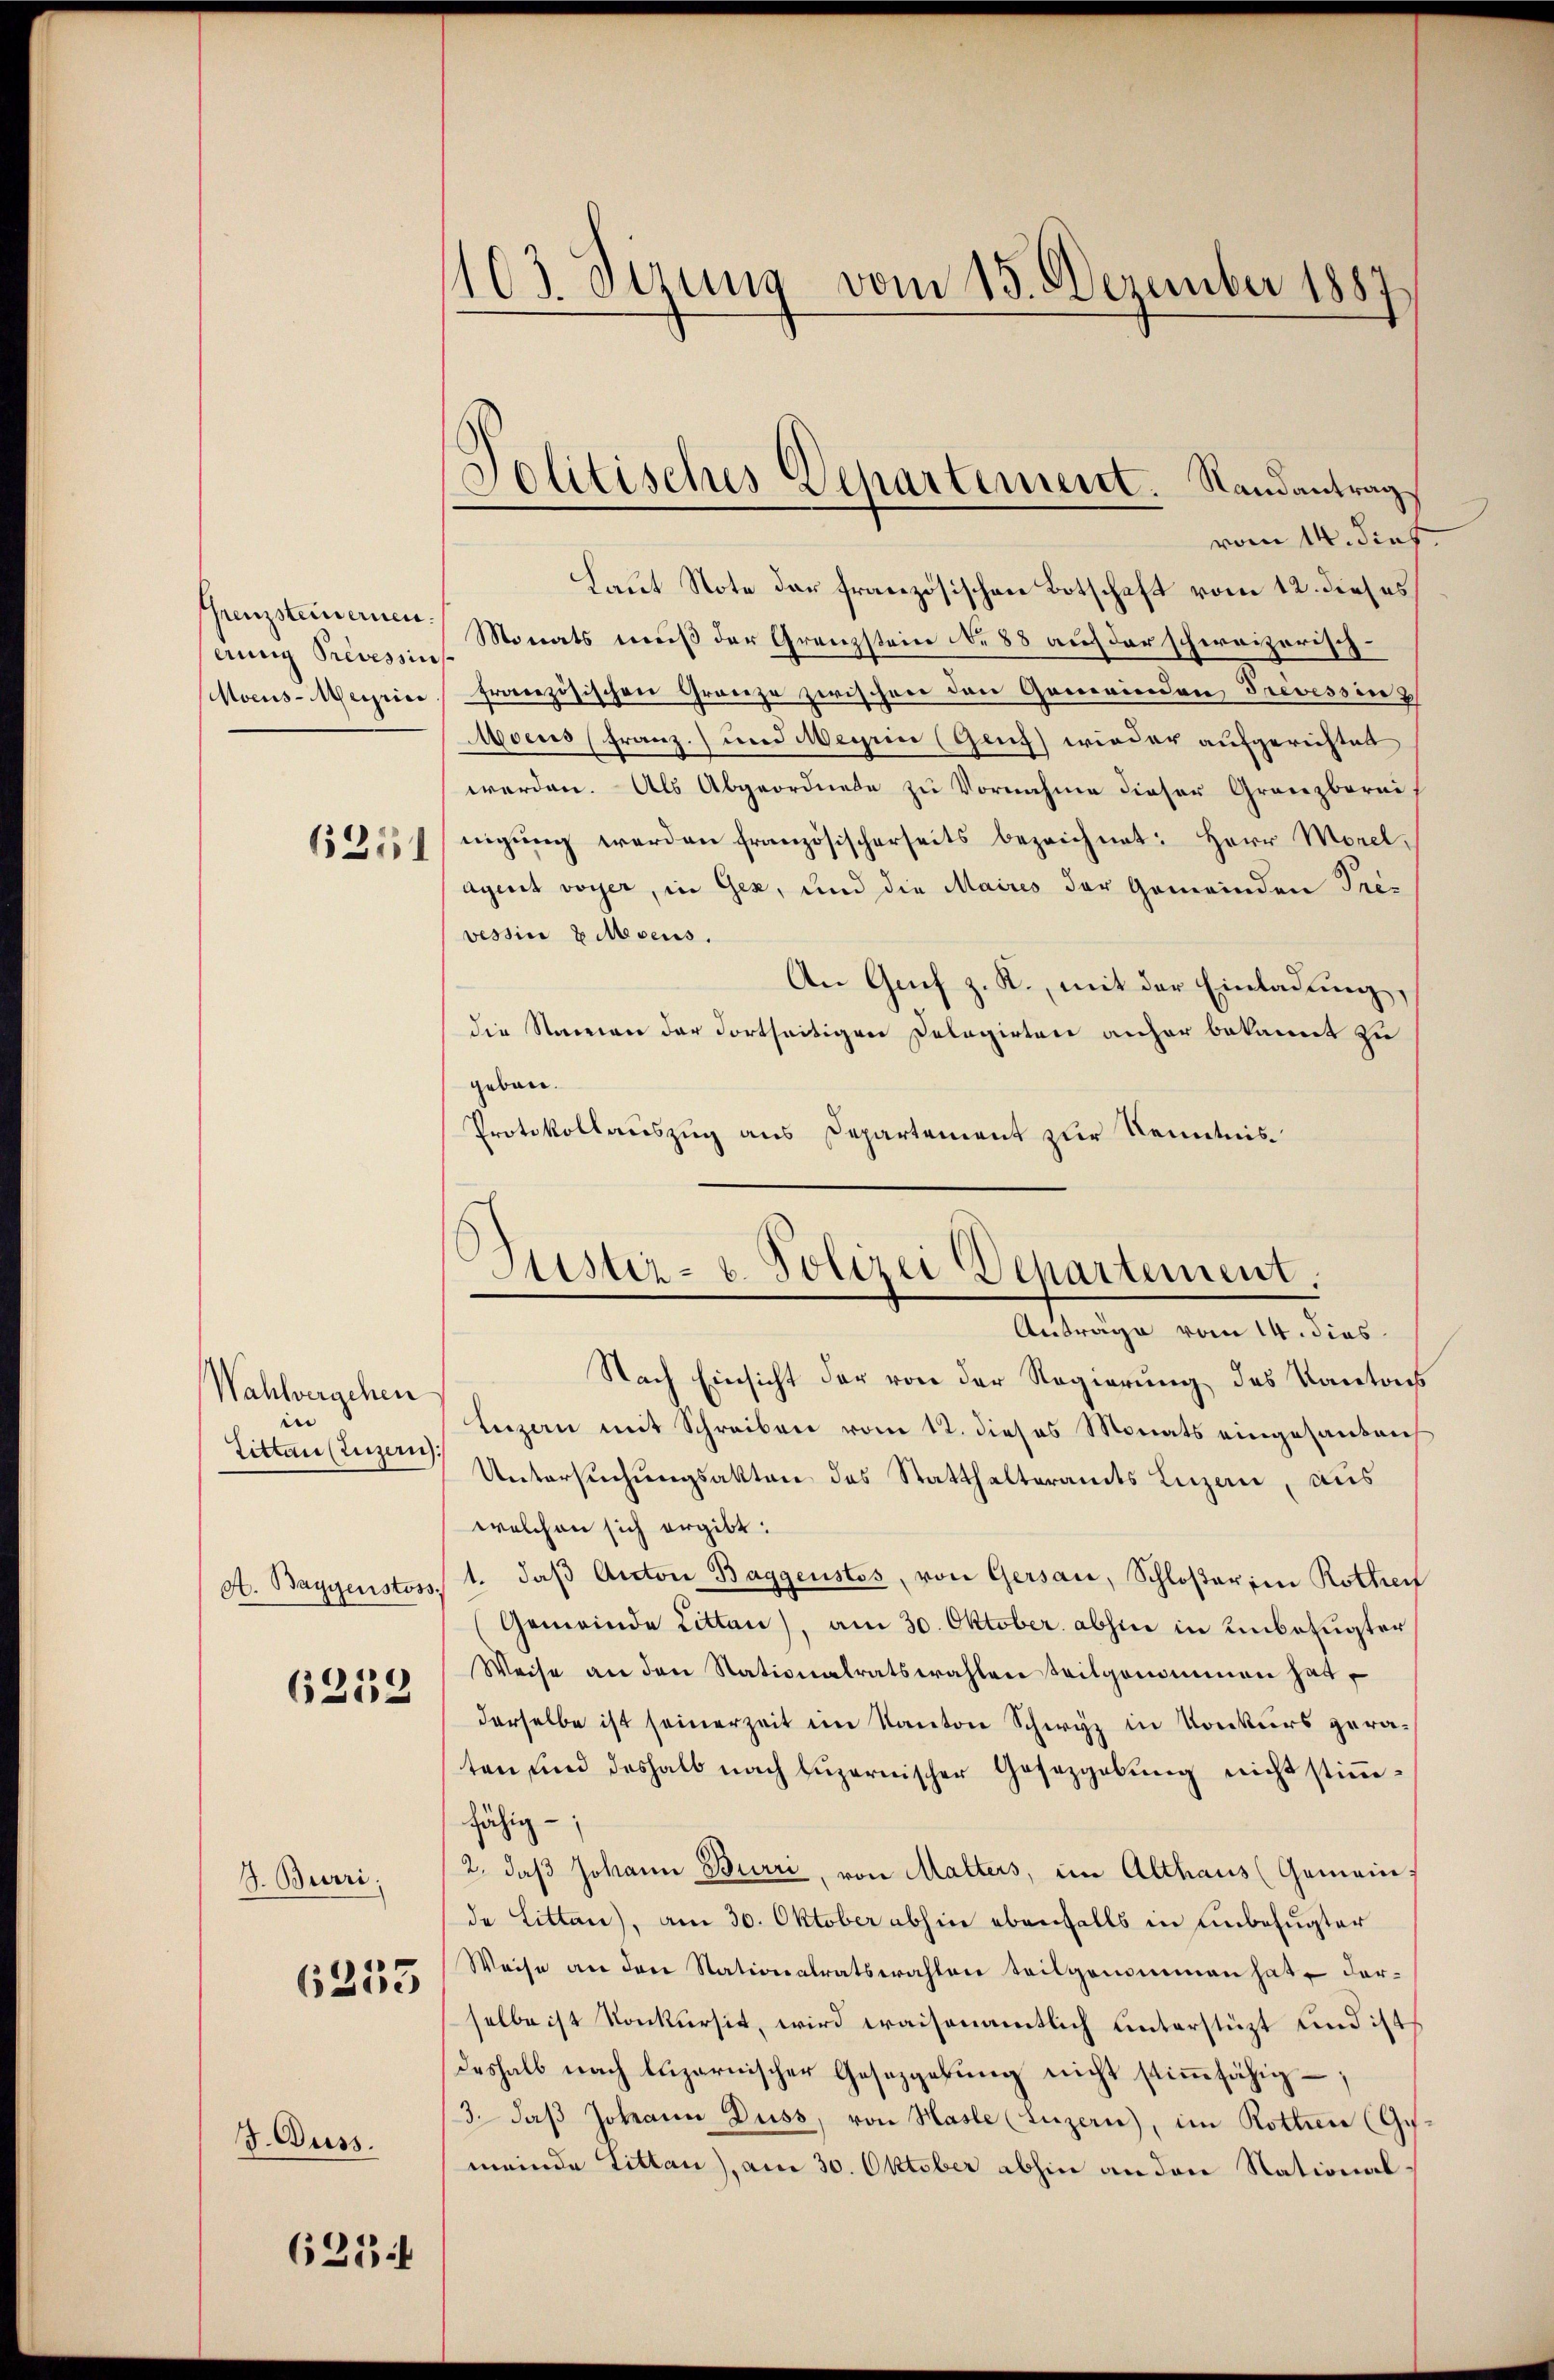
erung Precessin
Moeus-Meiric

6251

Wahlvergehen
n
Tittau (Luzern
A. Baggenstoss.
6252

. Burri
6253

J. Duss.

625 f

103. Dezung vom 15. Dezember 1887

Laut Note der französischen Botschaft vom 12. dieses
Grenzsteineren Monats muß der Grenzstein No 88 auf der schweizerischfranzösischen Gränze zerischen den Gemeinden Trevessin z
Moeus (Franz und Meyrin (Genf) wieder aufgerichtet
werden. Als Abgeordnete zu Vornahme dieser Granzberei
nigung werden französischerseits bezeichnet: Herr Morel,
aguit voyer, in Gez, und die Maires der Gemeinden Prevessin 8 Mesens.
An Grif z. R., mit der Einladung,
die Namen der dortseitigen Delegirten anher bekannt zu
geben.
Protokollauszug aus Departement zur Kenntnis

Politisches Departement. Randantrag
vom 14. Dief

Geister- u. Polizei Departement.
Anträge vom 14. dies

Nach Einsicht der von der Regierung des Kantons
Luzern mit Schreiben vom 12. dieses Monats eingesanden
Untersuchungsakten des Statthalteramts Luzern, aus
welchen sich ergibt:
1. daß Anton Baggenstos, von Gersau, Schloßer in Rothen
Gemeinde Litten), am 30. Oktober abhin in unbefugter
Weise an den Stationalratswahlen teilgenommen hat,
derselbe ist seinerzeit im Kanton Schwyz in Konkurs geraten und deshalb nach Luzernischer Gesetzgebung nicht stimmfähig
2. daß Johann Burri, von Malters, im Althaus (Gemein
de Litten), am 30. Oktober abhin ebenfalls in unbefugter
Weise an den Nationalratswahlen teilgenommen hat, darselbe ist Konkursit, wird waisenamtlich unterstützt und ist
deshalb nach luzernischer Gesetzgebung nicht stimmfähig –
3. daβ Johann Duss, von Hasle (Luzern), im Rotten (Gesmeinde Litten), am 30. Oktober abhin an den National¬